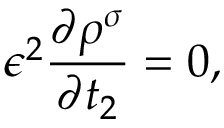
\epsilon ^ { 2 } \frac { \partial \rho ^ { \sigma } } { \partial t _ { 2 } } = 0 ,